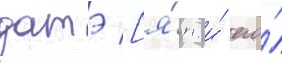
датэ [я́п. и́ его́